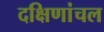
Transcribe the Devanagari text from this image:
दक्षिणांचल